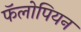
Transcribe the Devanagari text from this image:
फॅलोपियन